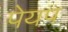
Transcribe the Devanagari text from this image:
पेयप